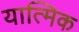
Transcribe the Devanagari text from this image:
यात्मिक